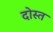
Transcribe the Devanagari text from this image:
दोस्त